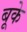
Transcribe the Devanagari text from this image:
बूके